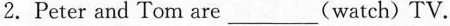
2.Peter and Tom are___(watch) TV.